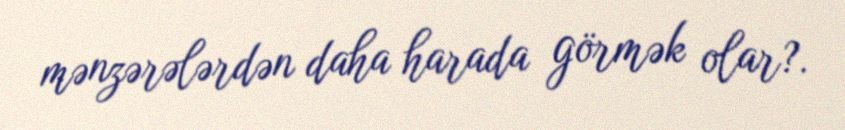
mənzərələrdən daha harada görmək olar?.